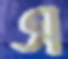
এ